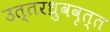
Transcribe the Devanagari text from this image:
उत्तरध्रुववृत्त